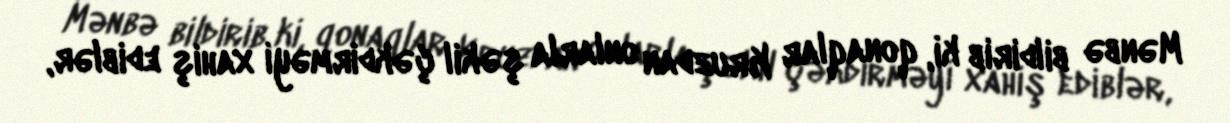
Mənbə bildirib ki, qonaqlar Kruzdan onlarla şəkil çəkdirməyi xahiş ediblər,